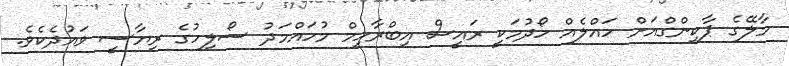
މާލޭގެ ޕާކިންގްއަށް ހައްލެއް ހޯދުމަކީ ރައީސް އިބްރާހިމް މުހައްމަދު ސޯލިހުގެ ރިޔާސީ ވައުދެކެވެ.